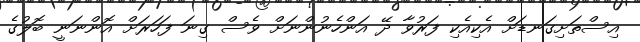
އިސްތަށިގަނޑަށް އެކިއެކި ފަރުވާ ދޭ އަންހެނުންނަށް ވެސް ގިނަ ފަހަރަށް އޮންނަނީ ބޮލުގެ